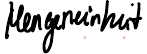
Mengeneinheit